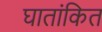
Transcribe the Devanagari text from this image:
घातांकित